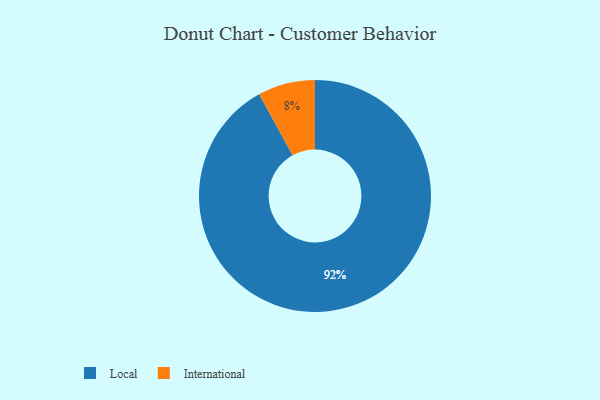
{"axis": {"x": "Category", "y": "Percentage"}, "legend": ["International", "Local"], "data": [{"x": "Local", "y": 92, "type": "Local"}, {"x": "International", "y": 8, "type": "International"}]}